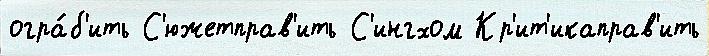
огра́б'ить С'южетправ'ить С'ингхом Кр'ит'икаправ'ить